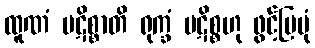
ထူဏံ ပဋိစ္စာတိ ရုက္ခံ ပဋိစ္စဟု ဖွင့်ပြပုံ